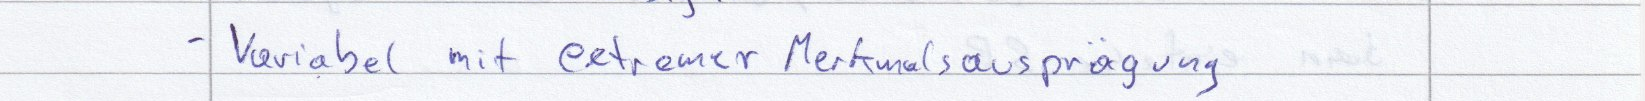
- Variabel mit extremer Merkmalsausprägung